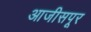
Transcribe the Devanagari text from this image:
आजीसपूर